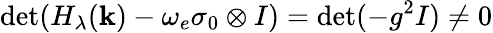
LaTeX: \operatorname*{det}(H_{\lambda}(\mathbf k)-\omega_{e}\sigma_{0}\otimes I)=\operatorname*{det}(-g^{2}I)\neq 0